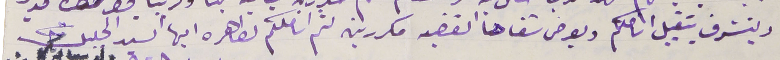
ويتشرف بتقبيل اناملكم ويعرض شفاهنا القضيه مكررين لثم اناملكم الطاهره اليها السيد الجليل